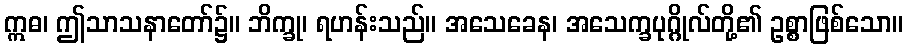
ဣဓ၊ ဤသာသနာတော်၌။ ဘိက္ခု၊ ရဟန်းသည်။ အသေခေန၊ အသေက္ခပုဂ္ဂိုလ်တို့၏ ဥစ္စာဖြစ်သော။